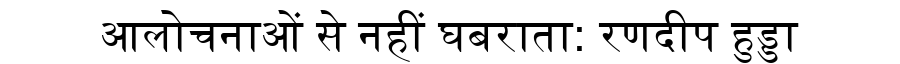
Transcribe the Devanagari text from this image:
आलोचनाओं से नहीं घबराता: रणदीप हुड्डा